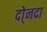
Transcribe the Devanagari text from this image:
दो्नदा